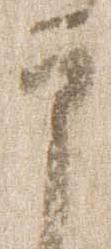
印